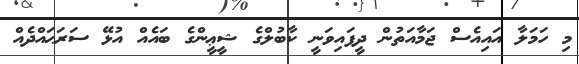
މި ހަމަލާ އައިއެސް ޖަމާއަތުން ދީފައިވަނީ ކާބުލްގެ ޝީޢީންގެ ބައެއް އުޅޭ ސަރަޙައްދެއް